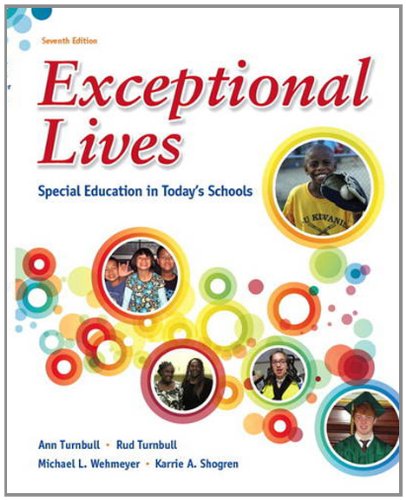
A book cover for Exceptional Lives: Special Education in Today's Schools (7th Edition); Ann Turnbull; Education & Teaching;